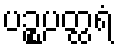
ပဉ္စပတ္ထရံ